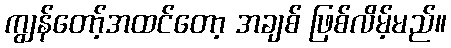
ကျွန်တော့်အထင်တော့ အချစ် ဖြစ်လိမ့်မည်။